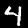
Digit: 4